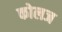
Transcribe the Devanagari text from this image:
कोलज